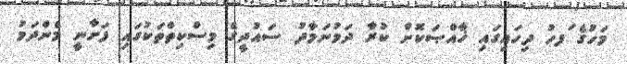
މަހުގެ ަފހު ދިހައިގައި ޚާއްޞަކޮށް ކުރާ ދަމުނަމާދު ސައުދީގެ މިސްކިތްތަކުގައި ފަށާނީ މެންދަމު